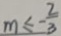
m \leq - \frac { 2 } { 3 }